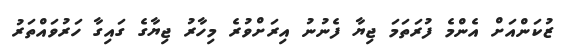
ޒުކަންއަށް އެންމެ ފުރަތަމަ ޖިޔާ ފެނުނު އިރަށްވުރެ މިހާރު ޖިޔާގެ ގައިގާ ހަރުވައްތަރު